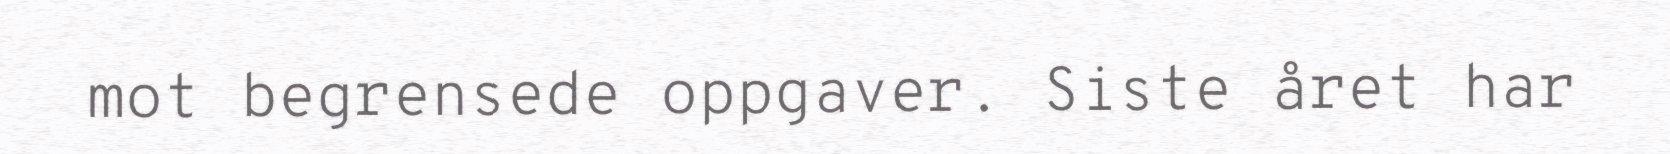
mot begrensede oppgaver. Siste året har